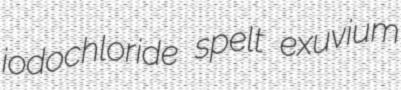
iodochloride spelt exuvium